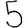
Digit: 5